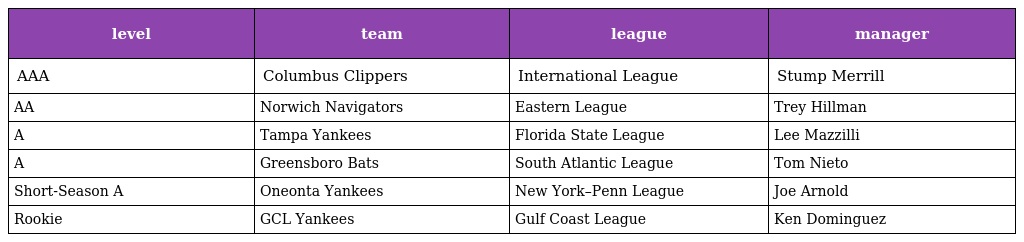
| level | team | league | manager |
 | --- | --- | --- | --- |
 | AAA | Columbus Clippers | International League | Stump Merrill |
 | AA | Norwich Navigators | Eastern League | Trey Hillman |
 | A | Tampa Yankees | Florida State League | Lee Mazzilli |
 | A | Greensboro Bats | South Atlantic League | Tom Nieto |
 | Short-Season A | Oneonta Yankees | New York–Penn League | Joe Arnold |
 | Rookie | GCL Yankees | Gulf Coast League | Ken Dominguez |